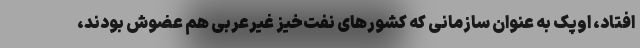
افتاد، اوپک به عنوان سازمانی که کشورهای نفت‌خیز غیرعربی هم عضوش بودند،